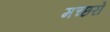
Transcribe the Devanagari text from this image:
मच्‍छरों